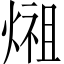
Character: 𤍄